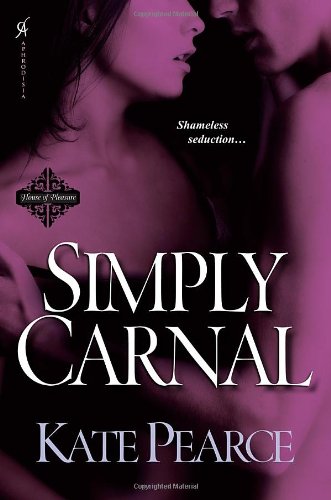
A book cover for Simply Carnal (House of Pleasure); Pearce Kate; Romance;